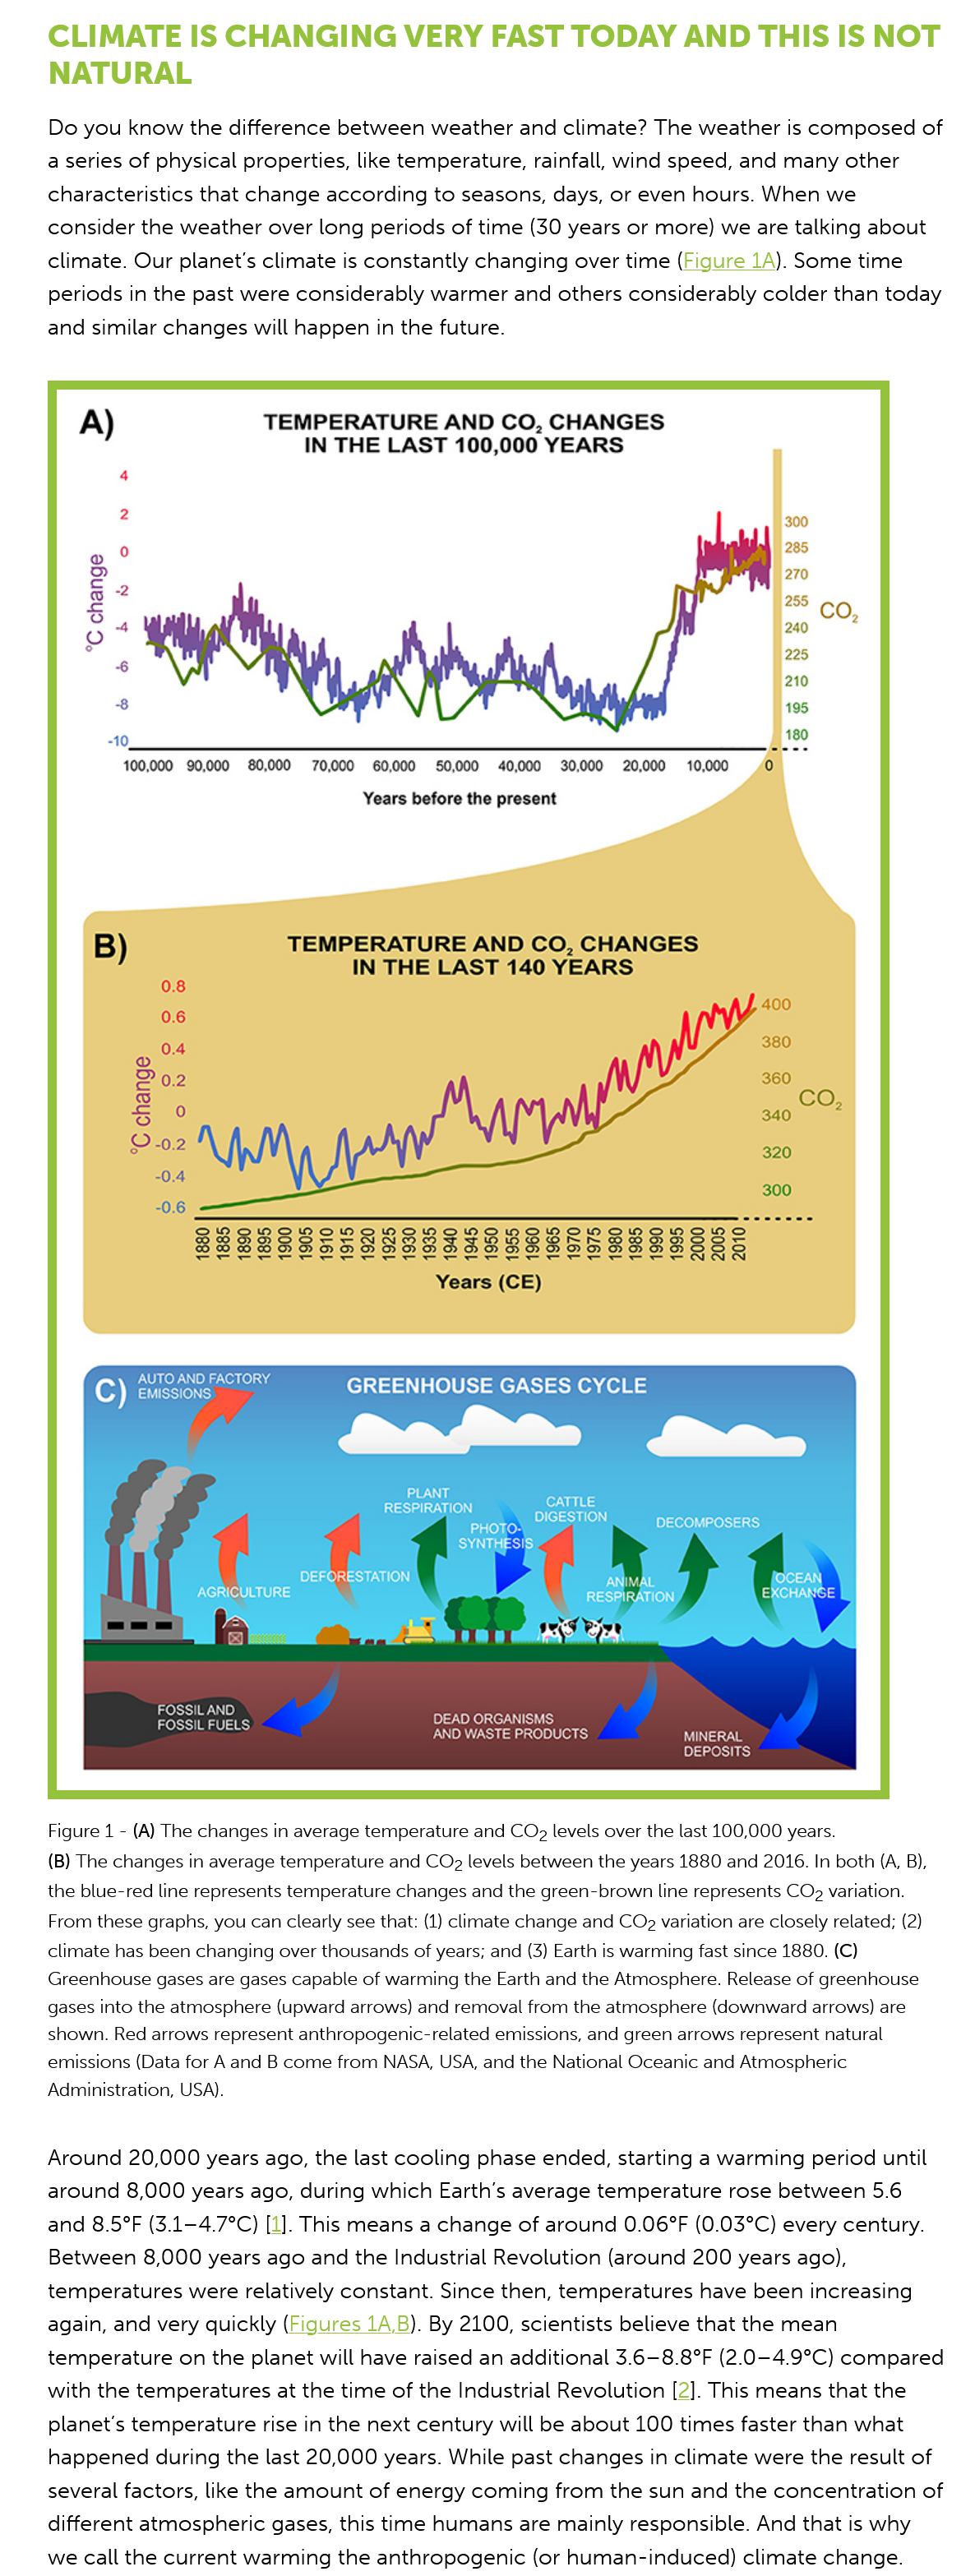
CLIMATE    IS  CHANGING    VERY  FAST    TODAY    AND    THIS    IS  NOT
     NATURAL
     Do you  know the difference  between   weather  and climate? The  weather  is composed   of
     a series of physical properties, like temperature, rainfall, wind speed, and many other
     characteristics that change  according  to seasons, days, or even hours. When   we
     consider  the weather  over long periods  of time (30 years or more) we are  talking about
     climate. Our  planet's climate is constantly changing over time  (Figure   1A). Some time
     periods in the past were considerably warmer  and   others considerably  colder than today
     and  similar changes will happen in the future.
     Figure 1
     -
     (A) The changes in average temperature and CO> levels over the last 100,000 years.
     (B) The changes in average temperature and COz levels between the years 1880 and 2016. In both (A, B),
     the blue-red line represents temperature changes and the green-brown line represents CO> variation.
     From these graphs, you can clearly see that: (1) climate change and CO? variation are closely related; (2)
     climate has been changing over thousands of years; and (3) Earth is warming fast since 1880. (C)
     Greenhouse gases are gases capable of warming the Earth and the Atmosphere. Release of greenhouse
     gases into the atmosphere (upward arrows) and removal from the atmosphere (downward arrows) are
     shown. Red arrows represent anthropogenic-related emissions, and green arrows represent natural
     emissions (Data for A and B come from NASA, USA, and the National Oceanic and Atmospheric
     Administration, USA).
     Around   20,000  years ago, the last cooling phase ended,  starting a warming  period until
     around   8,000 years ago, during which   Earth's average temperature  rose between   5.6
     and  8.5°F (3.1-4.7°C) [1]. This means a change of around  0.06°F  (0.03°C) every century.
     Between  8,000  years ago and the  Industrial Revolution (around 200  years ago),
     temperatures   were relatively constant. Since then, temperatures  have  been increasing
     again, and  very quickly (Figures 1A,B). By 2100, scientists believe that the mean
     temperature   on the planet will have raised an additional 3.6—8.8°F (2.0—4.9°C) compared
     with the temperatures at  the time  of the Industrial Revolution [2]. This means that the
     planet's temperature rise in the next century will be about 100 times faster than what
     happened during   the last 20,000 years. While past changes in climate  were the result of

     several factors, like the amount of energy  coming  from  the sun and  the concentration  of
     different atmospheric  gases, this time humans are   mainly responsible. And  that is why
     we call the current warming   the anthropogenic   (or human-induced)   climate  change.